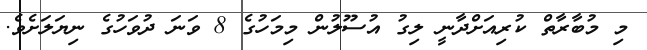
މި މުބާރާތް ކުރިއަށްދާނީ ލިގު އުސޫލުން މިމަހުގެ 8 ވަނަ ދުވަހުގެ ނިޔަލަށެވެ.